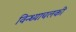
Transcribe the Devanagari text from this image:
विन्ध्याचलकी